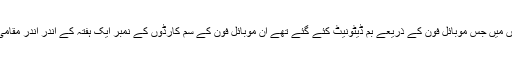
حقیقت یہ ہے کہ دونوں دھماکوں میں جس موبائل فون کے ذریعے بم ڈیٹونیٹ کئے گئے تھے ان موبائل فون کے سم کارڈوں کے نمبر ایک ہفتہ کے اندر اندر مقامی پولس نے معلوم کر لئے تھے۔